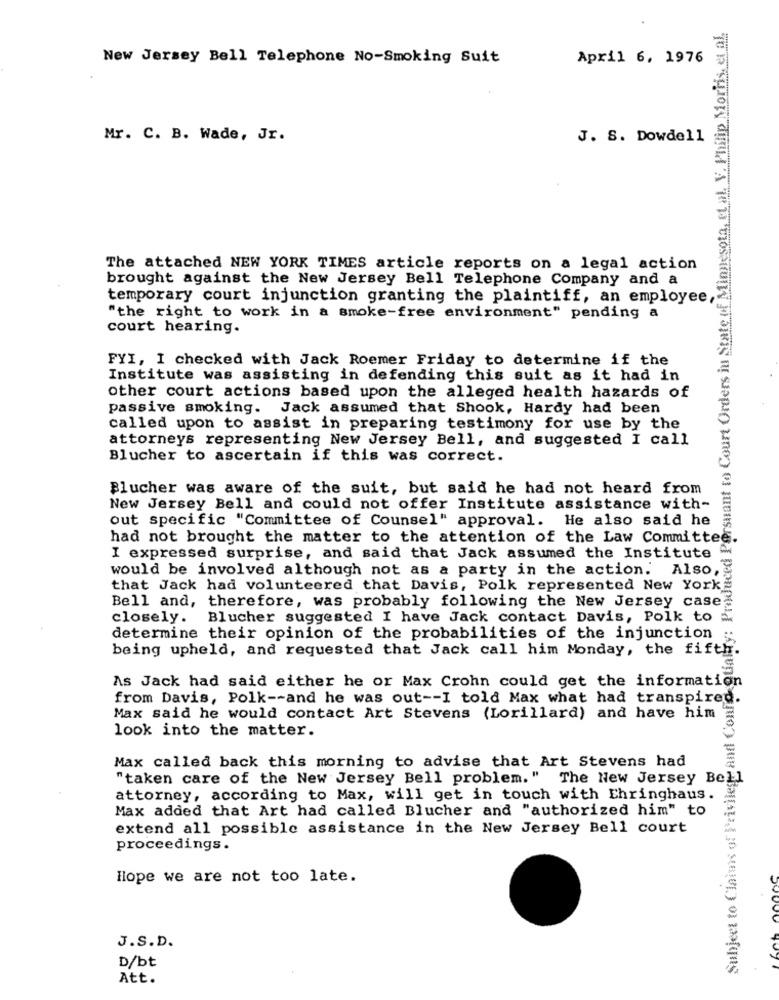
Philip Morris, et al.
New Jersey Bell Telephone No-Smoking Suit
April 6, 1976
Mr. C. B. Wade, Jr.
J. S. Dowdell
The attached NEW YORK TIMES article reports on a legal action
brought against the New Jersey Bell Telephone Company and a
temporary court injunction granting the plaintiff, an employee,
"the right to work in a smoke-free environment" pending a
court hearing.
FYI, I checked with Jack Roemer Friday to determine if the
Subject to Claims of Privilege and Conto gtialty: Produced Porsuant to Court Orders
Institute was assisting in defending this suit as it had in
other court actions based upon the alleged health hazards of
passive smoking. Jack assumed that Shook, Hardy had been
called upon to assist in preparing testimony for use by the
attorneys representing New Jersey Bell, and suggested I call
Blucher to ascertain if this was correct.
Blucher was aware of the suit, but said he had not heard from
New Jersey Bell and could not offer Institute assistance with-
out specific "Committee of Counsel" approval. He also said he
had not brought the matter to the attention of the Law Committee.
I expressed surprise, and said that Jack assumed the Institute
would be involved although not as a party in the action. Also,
that Jack had volunteered that Davis, Polk represented New York
Bell and, therefore, was probably following the New Jersey case
closely. Blucher suggested I have Jack contact Davis, Polk to
determine their opinion of the probabilities of the injunction
being upheld, and requested that Jack call him Monday, the fifth.
As Jack had said either he or Max Crohn could get the information
from Davis, Polk -- and he was out -- I told Max what had transpired.
Max said he would contact Art Stevens (Lorillard) and have him
look into the matter.
Max called back this morning to advise that Art Stevens had
"taken care of the New Jersey Bell problem." The New Jersey Bell
attorney, according to Max, will get in touch with Ehringhaus.
Max added that Art had called Blucher and "authorized him" to
extend all possible assistance in the New Jersey Bell court
proceedings.
Hope we are not too late.
J.S.D.
D/bt
Att.